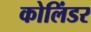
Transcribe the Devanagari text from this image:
कोलिंडर